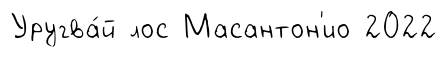
Уругва́й лос Масантон'ио 2022